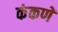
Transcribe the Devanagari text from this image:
कंकणें